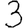
Digit: 3